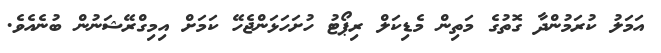
އަމަލު ކުރަމުންދާ ގޮތުގެ މަތިން މެޑިކަލް ރިޕޯޓު ހުށަހަޅަންޖެހޭ ކަމަށް އިމިގްރޭޝަނުން ބުނެއެވެ.